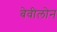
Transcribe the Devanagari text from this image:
बेवीलोन